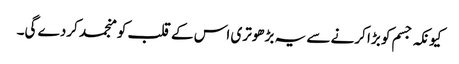
کیونکہ جسم کو بڑا کرنے سے یہ بڑھوتری اس کے قلب کو منجمد کردے گی۔